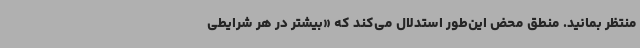
منتظر بمانید. منطق محض این‌طور استدلال می‌کند که «بیشتر در هر شرایطی